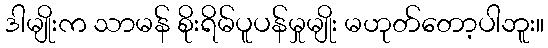
ဒါမျိုးက သာမန် စိုးရိမ်ပူပန်မှုမျိုး မဟုတ်တော့ပါဘူး။